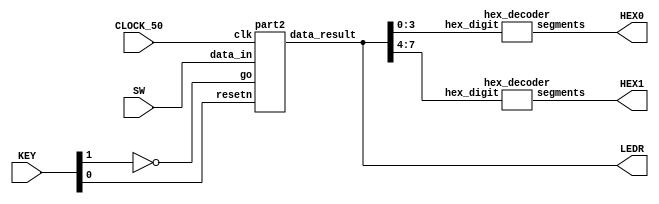
//Sw[7:0] data_in

//KEY[0] synchronous reset when pressed
//KEY[1] go signal

//LEDR displays result
//HEX0 & HEX1 also displays result

module poly_function(SW, KEY, CLOCK_50, LEDR, HEX0, HEX1);
    input [7:0] SW;
    input [1:0] KEY;
    input CLOCK_50;
    output [7:0] LEDR;
    output [6:0] HEX0, HEX1;

    wire resetn;
    wire go;

    wire [7:0] data_result;
    assign go = ~KEY[1];
    assign resetn = KEY[0];

    part2 u0(
        .clk(CLOCK_50),
        .resetn(resetn),
        .go(go),
        .data_in(SW[7:0]),
        .data_result(data_result)
    );
      
    assign LEDR[7:0] = data_result;

    hex_decoder H0(
        .hex_digit(data_result[3:0]), 
        .segments(HEX0)
        );
        
    hex_decoder H1(
        .hex_digit(data_result[7:4]), 
        .segments(HEX1)
        );

endmodule

module part2(
    input clk,
    input resetn,
    input go,
    input [7:0] data_in,
    output [7:0] data_result
    );

    // lots of wires to connect our datapath and control
    wire ld_a, ld_b, ld_c, ld_x, ld_r;
    wire ld_alu_out;
    wire [1:0]  alu_select_a, alu_select_b;
    wire alu_op;

    control C0(
        .clk(clk),
        .resetn(resetn),
        
        .go(go),
        
        .ld_alu_out(ld_alu_out), 
        .ld_x(ld_x),
        .ld_a(ld_a),
        .ld_b(ld_b),
        .ld_c(ld_c), 
        .ld_r(ld_r), 
        
        .alu_select_a(alu_select_a),
        .alu_select_b(alu_select_b),
        .alu_op(alu_op)
    );

    datapath D0(
        .clk(clk),
        .resetn(resetn),

        .ld_alu_out(ld_alu_out), 
        .ld_x(ld_x),
        .ld_a(ld_a),
        .ld_b(ld_b),
        .ld_c(ld_c), 
        .ld_r(ld_r), 

        .alu_select_a(alu_select_a),
        .alu_select_b(alu_select_b),
        .alu_op(alu_op),

        .data_in(data_in),
        .data_result(data_result)
    );
                
endmodule
                

module control(
    input clk,
    input resetn,
    input go,

    output reg  ld_a, ld_b, ld_c, ld_x, ld_r,
    output reg  ld_alu_out,
    output reg [1:0]  alu_select_a, alu_select_b,
    output reg alu_op
    );

    reg [3:0] current_state, next_state; 
    
    localparam  S_LOAD_A        = 4'd0,
                S_LOAD_A_WAIT   = 4'd1,
                S_LOAD_B        = 4'd2,
                S_LOAD_B_WAIT   = 4'd3,
                S_LOAD_C        = 4'd4,
                S_LOAD_C_WAIT   = 4'd5,
                S_LOAD_X        = 4'd6,
                S_LOAD_X_WAIT   = 4'd7,
                S_CYCLE_0       = 4'd8,
                S_CYCLE_1       = 4'd9,
                S_CYCLE_2       = 4'd10,
                S_CYCLE_3       = 4'd11,
                S_CYCLE_4       = 4'd12;
    
    // Next state logic aka our state table
    always@(*)
    begin: state_table 
            case (current_state)
                S_LOAD_A: next_state = go ? S_LOAD_A_WAIT : S_LOAD_A; // Loop in current state until value is input
                S_LOAD_A_WAIT: next_state = go ? S_LOAD_A_WAIT : S_LOAD_B; // Loop in current state until go signal goes low
                S_LOAD_B: next_state = go ? S_LOAD_B_WAIT : S_LOAD_B; // Loop in current state until value is input
                S_LOAD_B_WAIT: next_state = go ? S_LOAD_B_WAIT : S_LOAD_C; // Loop in current state until go signal goes low
                S_LOAD_C: next_state = go ? S_LOAD_C_WAIT : S_LOAD_C; // Loop in current state until value is input
                S_LOAD_C_WAIT: next_state = go ? S_LOAD_C_WAIT : S_LOAD_X; // Loop in current state until go signal goes low
                S_LOAD_X: next_state = go ? S_LOAD_X_WAIT : S_LOAD_X; // Loop in current state until value is input
                S_LOAD_X_WAIT: next_state = go ? S_LOAD_X_WAIT : S_CYCLE_0; // Loop in current state until go signal goes low
                S_CYCLE_0: next_state = S_CYCLE_1;  // C <- C * x
                S_CYCLE_1: next_state = S_CYCLE_2;  // C <- Cx * x
                S_CYCLE_2: next_state = S_CYCLE_3;  // B <- B * x
                S_CYCLE_3: next_state = S_CYCLE_4;  // Cxx + Bx
                S_CYCLE_4: next_state = S_LOAD_A;  // Cxx + Bx + A
            default: next_state = S_LOAD_A;
        endcase
    end // state_table
   

    // Output logic aka all of our datapath control signals
    always @(*)
    begin: enable_signals
        // By default make all our signals 0
        ld_alu_out = 1'b0;
        ld_a = 1'b0;
        ld_b = 1'b0;
        ld_c = 1'b0;
        ld_x = 1'b0;
        ld_r = 1'b0;
        alu_select_a = 2'b00;
        alu_select_b = 2'b00;
        alu_op       = 1'b0;

        // we will load in the order C -> B -> A
        case (current_state)
            S_LOAD_A: begin
                ld_c = 1'b1;
                end
            S_LOAD_B: begin
                ld_b = 1'b1;
                end
            S_LOAD_C: begin
                ld_a = 1'b1;
                end
            S_LOAD_X: begin
                ld_x = 1'b1;
                end
            S_CYCLE_0: begin // A <- A * x
                ld_alu_out = 1'b1; ld_a = 1'b1; // store in A
                alu_select_a = 2'b00; // select A
                alu_select_b = 2'b11; // select x
                alu_op = 1'b1; // multiply
            end
            S_CYCLE_1: begin // A <- Ax * x
                ld_alu_out = 1'b1; ld_a = 1'b1; // store in A
                alu_select_a = 2'b00; // select A
                alu_select_b = 2'b11; // select x
                alu_op = 1'b1; // multiply
            end
            S_CYCLE_2: begin // B <- B * x
                ld_alu_out = 1'b1; ld_b = 1'b1; // store in B
                alu_select_a = 2'b01; // select B
                alu_select_b = 2'b11; // select x
                alu_op = 1'b1; // multiply
            end
            S_CYCLE_3: begin // A <- Axx + Bx
                ld_alu_out = 1'b1; ld_a = 1'b1; //store in A
                alu_select_a = 2'b00; // select A
                alu_select_b = 2'b01; // select B
                alu_op = 1'b0; // add
            end
            S_CYCLE_4: begin // store final result in reg
                ld_r = 1'b1;
                alu_select_a = 2'b00; // select A
                alu_select_b = 2'b10; // select C
                alu_op = 1'b0; // add
            end
        endcase
    end // enable_signals
   
    // current_state registers
    always@(posedge clk)
    begin: state_FFs
        if(!resetn)
            current_state <= S_LOAD_A;
        else
            current_state <= next_state;
    end // state_FFS
endmodule

module datapath(
    input clk,
    input resetn,
    input [7:0] data_in,
    input ld_alu_out, 
    input ld_x, ld_a, ld_b, ld_c,
    input ld_r,
    input alu_op, 
    input [1:0] alu_select_a, alu_select_b,
    output reg [7:0] data_result
    );
    
    // input registers
    reg [7:0] a, b, c, x;

    // output of the alu
    reg [7:0] alu_out;
    // alu input muxes
    reg [7:0] alu_a, alu_b;
    
    // Registers a, b, c, x with respective input logic
    always @ (posedge clk) begin
        if (!resetn) begin
            a <= 8'd0; 
            b <= 8'd0; 
            c <= 8'd0; 
            x <= 8'd0; 
        end
        else begin
            if (ld_a)
                a <= ld_alu_out ? alu_out : data_in; // load alu_out if load_alu_out signal is high, otherwise load from data_in
            if (ld_b)
                b <= ld_alu_out ? alu_out : data_in; // load alu_out if load_alu_out signal is high, otherwise load from data_in
            if (ld_x)
                x <= data_in;

            if (ld_c)
                c <= data_in;
        end
    end
 
    // Output result register
    always @ (posedge clk) begin
        if (!resetn) begin
            data_result <= 8'd0; 
        end
        else 
            if(ld_r)
                data_result <= alu_out;
    end

    // The ALU input multiplexers
    always @(*)
    begin
        case (alu_select_a)
            2'd0:
                alu_a = a;
            2'd1:
                alu_a = b;
            2'd2:
                alu_a = c;
            2'd3:
                alu_a = x;
            default: alu_a = 8'd0;
        endcase

        case (alu_select_b)
            2'd0:
                alu_b = a;
            2'd1:
                alu_b = b;
            2'd2:
                alu_b = c;
            2'd3:
                alu_b = x;
            default: alu_b = 8'd0;
        endcase
    end

    // The ALU 
    always @(*)
    begin : ALU
        // alu
        case (alu_op)
            0: begin
                   alu_out = alu_a + alu_b; //performs addition
               end
            1: begin
                   alu_out = alu_a * alu_b; //performs multiplication
               end
            default: alu_out = 8'd0;
        endcase
    end
    
endmodule


module hex_decoder(hex_digit, segments);
    input [3:0] hex_digit;
    output reg [6:0] segments;
   
    always @(*)
        case (hex_digit)
            4'h0: segments = 7'b100_0000;
            4'h1: segments = 7'b111_1001;
            4'h2: segments = 7'b010_0100;
            4'h3: segments = 7'b011_0000;
            4'h4: segments = 7'b001_1001;
            4'h5: segments = 7'b001_0010;
            4'h6: segments = 7'b000_0010;
            4'h7: segments = 7'b111_1000;
            4'h8: segments = 7'b000_0000;
            4'h9: segments = 7'b001_1000;
            4'hA: segments = 7'b000_1000;
            4'hB: segments = 7'b000_0011;
            4'hC: segments = 7'b100_0110;
            4'hD: segments = 7'b010_0001;
            4'hE: segments = 7'b000_0110;
            4'hF: segments = 7'b000_1110;   
            default: segments = 7'h7f;
        endcase
endmodule